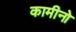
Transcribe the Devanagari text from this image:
कामीनो